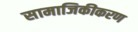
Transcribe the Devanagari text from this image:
सामाजिकीकरण